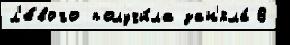
л'е́вого получи́ла зан'яла́ В